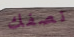
نصفك